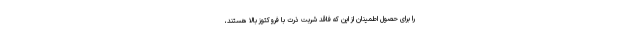
را برای حصول اطمینان از این که فاقد شربت ذرت با فروکتوز بالا هستند،